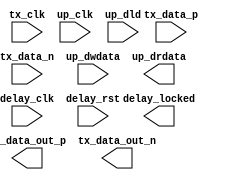
// ***************************************************************************
// ***************************************************************************
// Copyright 2014 - 2017 (c) Analog Devices, Inc. All rights reserved.
//
// In this HDL repository, there are many different and unique modules, consisting
// of various HDL (Verilog or VHDL) components. The individual modules are
// developed independently, and may be accompanied by separate and unique license
// terms.
//
// The user should read each of these license terms, and understand the
// freedoms and responsibilities that he or she has by using this source/core.
//
// This core is distributed in the hope that it will be useful, but WITHOUT ANY
// WARRANTY; without even the implied warranty of MERCHANTABILITY or FITNESS FOR
// A PARTICULAR PURPOSE.
//
// Redistribution and use of source or resulting binaries, with or without modification
// of this file, are permitted under one of the following two license terms:
//
//   1. The GNU General Public License version 2 as published by the
//      Free Software Foundation, which can be found in the top level directory
//      of this repository (LICENSE_GPL2), and also online at:
//      <https://www.gnu.org/licenses/old-licenses/gpl-2.0.html>
//
// OR
//
//   2. An ADI specific BSD license, which can be found in the top level directory
//      of this repository (LICENSE_ADIBSD), and also on-line at:
//      https://github.com/analogdevicesinc/hdl/blob/master/LICENSE_ADIBSD
//      This will allow to generate bit files and not release the source code,
//      as long as it attaches to an ADI device.
//
// ***************************************************************************
// ***************************************************************************

`timescale 1ns/100ps

module ad_data_out #(

  parameter   FPGA_TECHNOLOGY = 0,
  parameter   SINGLE_ENDED = 0,
  parameter   IODELAY_ENABLE = 0,
  parameter   IODELAY_CTRL = 0,
  parameter   IODELAY_GROUP = "dev_if_delay_group",
  parameter   REFCLK_FREQUENCY = 200) (

  // data interface

  input               tx_clk,
  input               tx_data_p,
  input               tx_data_n,
  output              tx_data_out_p,
  output              tx_data_out_n,

  // delay-data interface

  input               up_clk,
  input               up_dld,
  input       [ 4:0]  up_dwdata,
  output      [ 4:0]  up_drdata,

  // delay-cntrl interface

  input               delay_clk,
  input               delay_rst,
  output              delay_locked);

  // internal parameters
  
  // local parameters

  localparam CYCLONE5 = 101;
  localparam ARRIA10  = 103;
  
  // defaults
  
  assign locked = 1'b1;

  // instantiations

  generate
  if (FPGA_TECHNOLOGY == CYCLONE5) begin
    //don't have one to test .. altddio_out
    assign rx_data_p = 0;
    assign rx_data_n = 0;
    assign up_drdata = 0;
    assign delay_locked = 0;
  end
  endgenerate
  
  generate
  if (FPGA_TECHNOLOGY == ARRIA10) begin
    wire s_oddr_o;

    reg rp_tx_data_p;
    reg rp_tx_data_n;
    
//     reg rn_tx_data_p;
//     reg rn_tx_data_n;
    
    reg r_delay_locked;
    reg [4:0] r_up_dwdata = 'd0;
    
    assign delay_locked = 1'b1;
    
    assign up_drdata = r_up_dwdata;
    
    always @(posedge up_clk) begin
      if(up_dld == 1'b1) begin
        r_up_dwdata <= up_dwdata;
      end
    end
    
//     always @(negedge tx_clk) begin
//       rn_tx_data_p <= tx_data_p;
//       rn_tx_data_n <= tx_data_n;
//     end;
    
    always @(posedge tx_clk) begin
      rp_tx_data_p <= tx_data_p;
      rp_tx_data_n <= tx_data_n;
    end;
    
    twentynm_ddio_out #(
      .half_rate_mode("false"),
      .async_mode("none"),
      .sync_mode("none")) 
    oddr (
      .ena(1'b1),
      .areset(1'b0),
      .sreset(1'b0),
      .datainhi(rp_tx_data_p),
      .datainlo(rp_tx_data_n),
      .dataout(s_oddr_o),
      .clk (tx_clk));
      
    if (SINGLE_ENDED == 1) begin
      assign tx_data_out_n = 1'b0;
      
      twentynm_io_obuf #(
        .differential_mode("false"),
        .bus_hold("false")) 
      obuf (
        .i(s_oddr_o),
        .o(tx_data_out_p));  
    end else begin
      twentynm_io_obuf #(
        .differential_mode("true"),
        .bus_hold("false")) 
      obuf (
        .i(s_oddr_o),
        .o(tx_data_out_p),
        .obar(tx_data_out_n));  
    end
  end
  endgenerate
endmodule

// ***************************************************************************
// ***************************************************************************